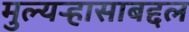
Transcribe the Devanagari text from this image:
मुल्यऱ्हासाबद्दल